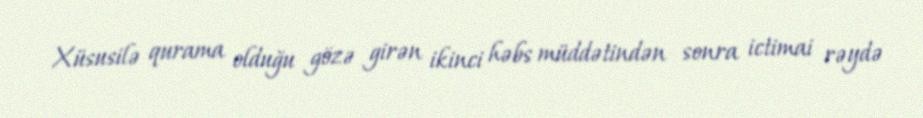
Xüsusilə qurama olduğu gözə girən ikinci həbs müddətindən sonra ictimai rəydə